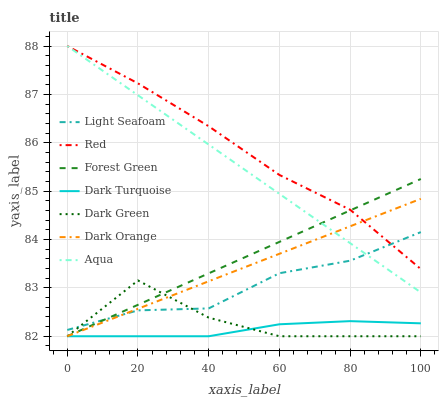
| xaxis_label | Light Seafoam | Red | Forest Green | Dark Turquoise | Dark Green | Dark Orange | Aqua |
 | --- | --- | --- | --- | --- | --- | --- | --- |
 | 0 | 82.1 | 88 | 82 | 82 | 82 | 82 | 88 |
 | 20 | 82.5 | 87.2 | 82.7 | 82 | 83.2 | 82.6 | 87 |
 | 40 | 82.6 | 86.3 | 83.3 | 82 | 82.4 | 83.1 | 86 |
 | 60 | 83.3 | 85.3 | 84 | 82.2 | 82 | 83.7 | 84.9 |
 | 80 | 83.6 | 84.6 | 84.6 | 82.3 | 82 | 84.3 | 83.9 |
 | 100 | 84.2 | 83.4 | 85.3 | 82.3 | 82 | 84.8 | 82.9 |